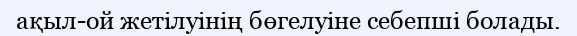
ақыл-ой жетілуінің бөгелуіне себепші болады.